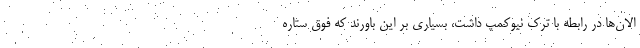
الان‌ها در رابطه با ترک نیوکمپ داشت، بسیاری بر این باورند که فوق ستاره